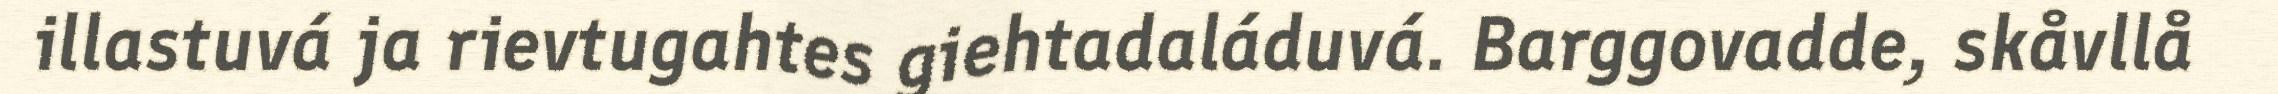
illastuvá ja rievtugahtes giehtadaláduvá. Barggovadde, skåvllå